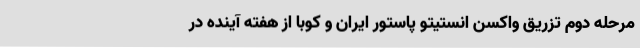
مرحله دوم تزریق واکسن انستیتو پاستور ایران و کوبا از هفته آینده در